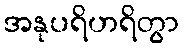
အနုပရိဟရိတွာ